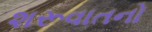
શરૂવાતનો